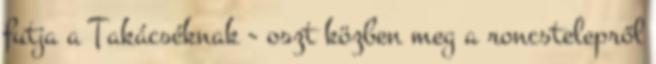
futja a Takácséknak - oszt közben meg a roncstelepről